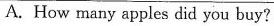
A.How many apples did you buy?